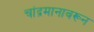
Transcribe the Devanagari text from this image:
चांद्रमानावरून